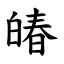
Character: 㿤